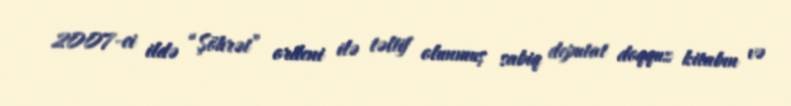
2007-ci ildə “Şöhrət” ordeni ilə təltif olunmuş sabiq deputat doqquz kitabın və